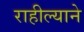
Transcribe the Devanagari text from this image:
राहील्याने